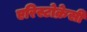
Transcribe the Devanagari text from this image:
एरिस्टोक्रेसी